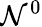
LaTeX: \mathcal{N}^{0}